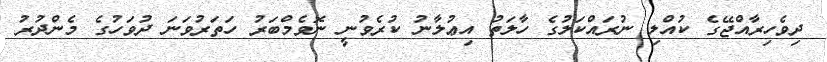
ދިވެހިރާއްޖޭގެ ކުއްލި ނުރައްކަލުގެ ހާލަތު އިޢުލާނު ކުރެވުނީ ނޮވެމްބަރު ހަތަރުވަނަ ދުވަހުގެ މެންދުރު